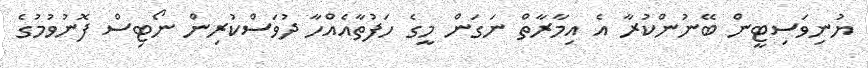
ޔުނިވަސިޓީން ބޭނުންކުރާ އެ އިމާރާތް ނަގަން މީގެ ހަފުތާއެއްހާ ދުވަސްކުރިން ނޯޓިސް ފޮނުވުމުގެ